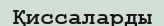
Қиссаларды